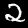
Label: 2